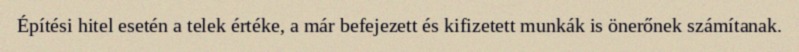
Építési hitel esetén a telek értéke, a már befejezett és kifizetett munkák is önerőnek számítanak.